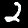
Label: 2